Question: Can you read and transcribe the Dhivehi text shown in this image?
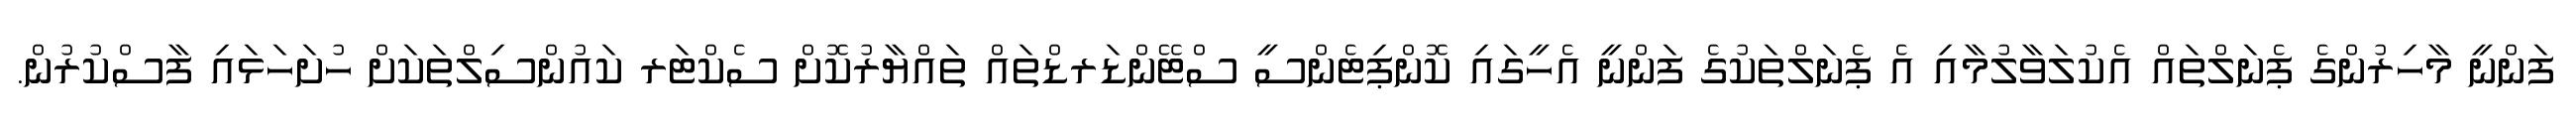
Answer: ފަންނީ މާހިރުންގެ ޕެނަލްތައް އެކުލަވާލުމާއި އެ ޕެނަލްތަކުގެ ފަންނީ އެހީގައި ކޮންޕިޓެންސީ ސްޓޭންޑަރޑްތައް ތައްޔާރުކޮށް ސެކްޓަރ ކައުންސިލްތަކަށް ހުށަހަޅައި ފާސްކުރުން.